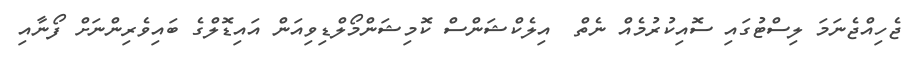
ޖެހިއްޖެނަމަ ލިސްޓުގައި ސޮއިކުރުމެއް ނެތް  އިލެކްޝަންސް ކޮމިޝަންމޯލްޑިވިއަން އައިޑޮލްގެ ބައިވެރިންނަށް ފޯނާއި